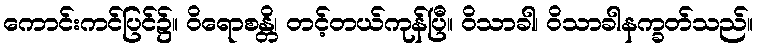
ကောင်းကင်ပြင်၌။ ဝိရောစန္တိ၊ တင့်တယ်ကုန်ပြီ။ ဝိသာခါ၊ ဝိသာခါနက္ခတ်သည်။